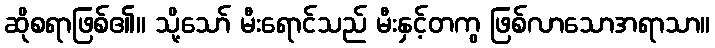
ဆိုစရာဖြစ်၏။ သို့သော် မီးရောင်သည် မီးနှင့်တကွ ဖြစ်လာသောအရာသာ။